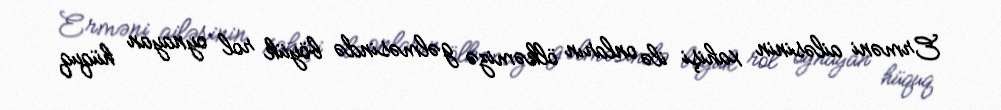
Erməni ailəsinin xahişi ilə onların ölkəmizə gəlməsində böyük rol oynayan hüquq